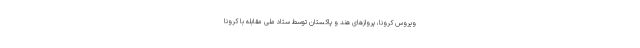
ویروس کرونا، پروازهای هند و پاکستان توسط ستاد ملی مقابله با کرونا